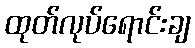
ထုတ်လုပ်ရောင်းချ